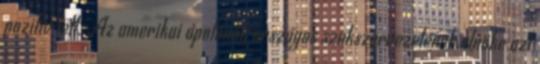
pozitív lett. Az amerikai ápolónők országos szakszervezetének elnöke azt